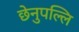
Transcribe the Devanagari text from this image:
छेनुपल्लि